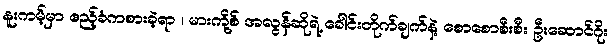
နူးကမ့်မှာ ဧည့်ခံကစားခဲ့ရာ ၊ မားကို့စ် အလွန်ဆိုရဲ့ ခေါင်းတိုက်ချက်နဲ့ စောစောစီးစီး ဦးဆောင်ဂိုး